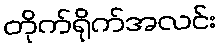
တိုက်ရိုက်အလင်း